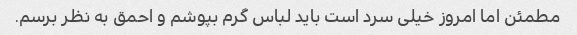
مطمئن اما امروز خیلی سرد است باید لباس گرم بپوشم و احمق به نظر برسم.